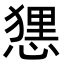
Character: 𢟆